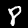
Digit: 8